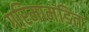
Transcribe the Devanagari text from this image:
गरिमामंडित